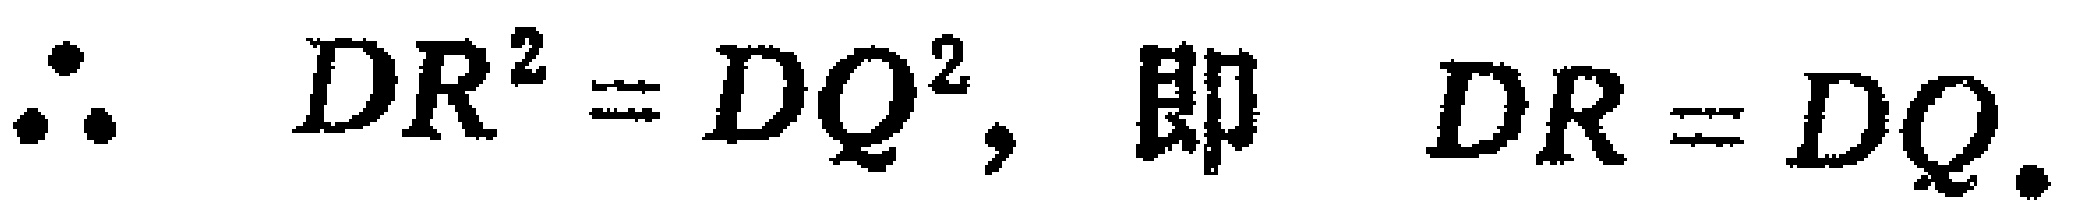
\(\therefore DR^{2} = DQ^{2},\ 即\ DR = DQ.\)